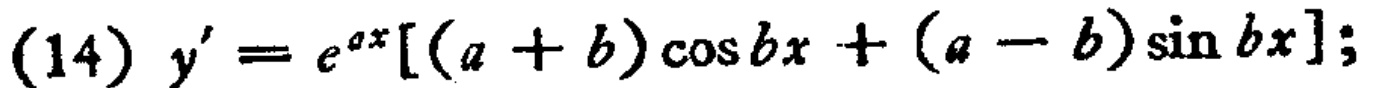
(14) \(y' = e^{ax}[(a + b)\cos bx+(a - b)\sin bx];\)